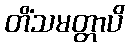
တိံသမတ္တာပိ